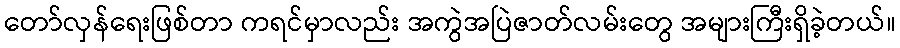
တော်လှန်ရေးဖြစ်တာ ကရင်မှာလည်း အကွဲအပြဲဇာတ်လမ်းတွေ အများကြီးရှိခဲ့တယ်။